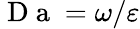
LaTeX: \mathrm{~D~a~}=\omega/\varepsilon